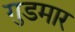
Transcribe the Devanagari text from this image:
गुडमार